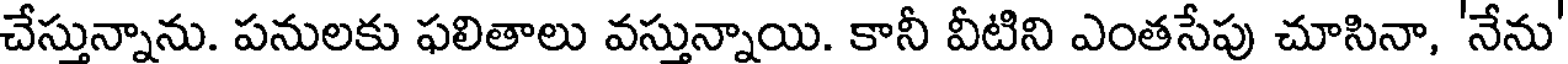
చేస్తున్నాను. పనులకు ఫలితాలు వస్తున్నాయి. కానీ వీటిని ఎంతసేపు చూసినా, 'నేను